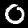
Label: 0